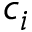
c _ { i }